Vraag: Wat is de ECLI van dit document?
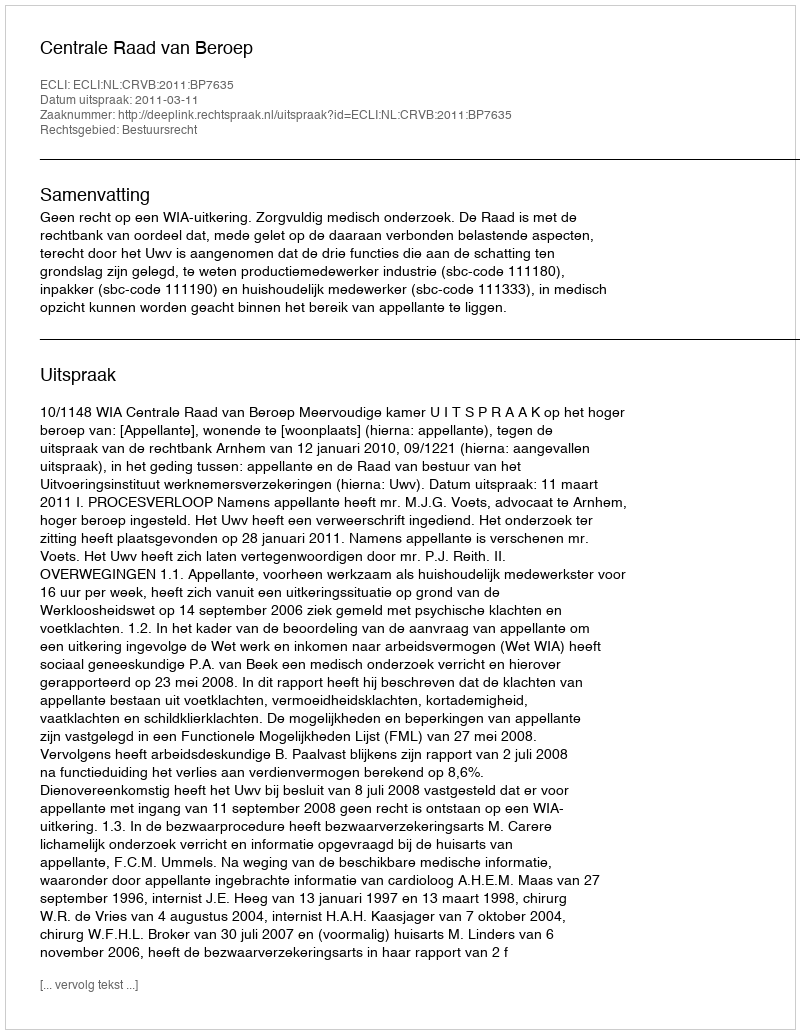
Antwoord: ECLI:NL:CRVB:2011:BP7635